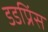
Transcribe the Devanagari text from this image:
डडप्रिंस